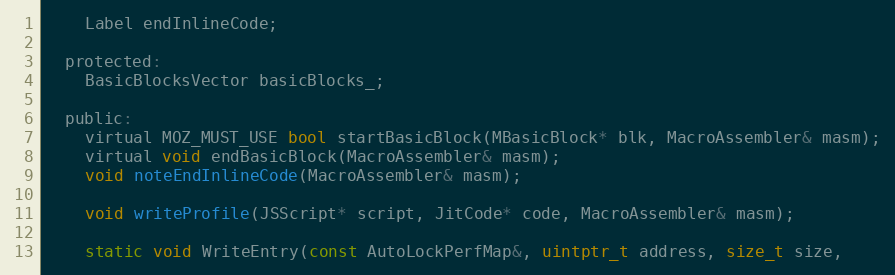
Language: C
    Label endInlineCode;

  protected:
    BasicBlocksVector basicBlocks_;

  public:
    virtual MOZ_MUST_USE bool startBasicBlock(MBasicBlock* blk, MacroAssembler& masm);
    virtual void endBasicBlock(MacroAssembler& masm);
    void noteEndInlineCode(MacroAssembler& masm);

    void writeProfile(JSScript* script, JitCode* code, MacroAssembler& masm);

    static void WriteEntry(const AutoLockPerfMap&, uintptr_t address, size_t size,